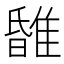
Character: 𨿹